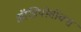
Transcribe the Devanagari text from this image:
ऑडियोवॉक्स